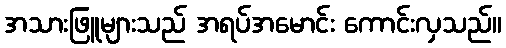
အသားဖြူများသည် အရပ်အမောင်း ကောင်းလှသည်။